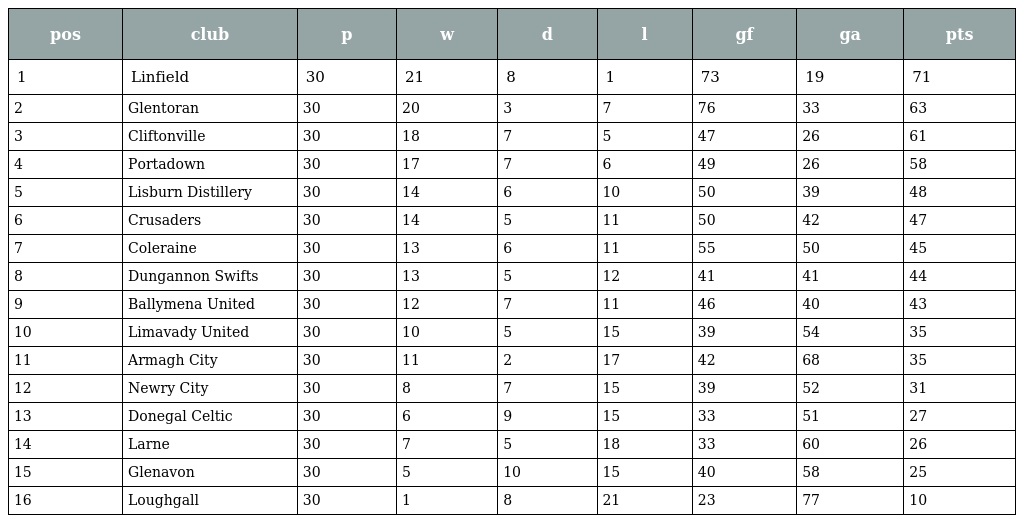
| pos | club | p | w | d | l | gf | ga | pts |
 | --- | --- | --- | --- | --- | --- | --- | --- | --- |
 | 1 | Linfield | 30 | 21 | 8 | 1 | 73 | 19 | 71 |
 | 2 | Glentoran | 30 | 20 | 3 | 7 | 76 | 33 | 63 |
 | 3 | Cliftonville | 30 | 18 | 7 | 5 | 47 | 26 | 61 |
 | 4 | Portadown | 30 | 17 | 7 | 6 | 49 | 26 | 58 |
 | 5 | Lisburn Distillery | 30 | 14 | 6 | 10 | 50 | 39 | 48 |
 | 6 | Crusaders | 30 | 14 | 5 | 11 | 50 | 42 | 47 |
 | 7 | Coleraine | 30 | 13 | 6 | 11 | 55 | 50 | 45 |
 | 8 | Dungannon Swifts | 30 | 13 | 5 | 12 | 41 | 41 | 44 |
 | 9 | Ballymena United | 30 | 12 | 7 | 11 | 46 | 40 | 43 |
 | 10 | Limavady United | 30 | 10 | 5 | 15 | 39 | 54 | 35 |
 | 11 | Armagh City | 30 | 11 | 2 | 17 | 42 | 68 | 35 |
 | 12 | Newry City | 30 | 8 | 7 | 15 | 39 | 52 | 31 |
 | 13 | Donegal Celtic | 30 | 6 | 9 | 15 | 33 | 51 | 27 |
 | 14 | Larne | 30 | 7 | 5 | 18 | 33 | 60 | 26 |
 | 15 | Glenavon | 30 | 5 | 10 | 15 | 40 | 58 | 25 |
 | 16 | Loughgall | 30 | 1 | 8 | 21 | 23 | 77 | 10 |